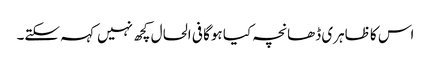
اس کا ظاہری ڈھانچہ کیا ہوگا فی الحال کچھ نہیں کہہ سکتے۔